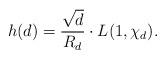
LaTeX: \begin{align*}h(d)= \frac{\sqrt{d}}{R_d}\cdot L(1, \chi_d).\end{align*}